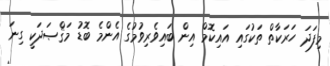
މިފަދަ ހަރަކާތް ތަކުގައި އައިކޮމް އިން ބައިވެރިވުމުގެ އެންމެ ބޮޑު މަޤްޞަދަކީ ގިނަ